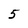
Character: 5